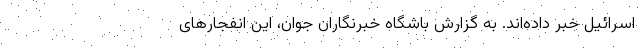
اسرائیل خبر داده‌اند. به گزارش باشگاه خبرنگاران جوان، این انفجارهای